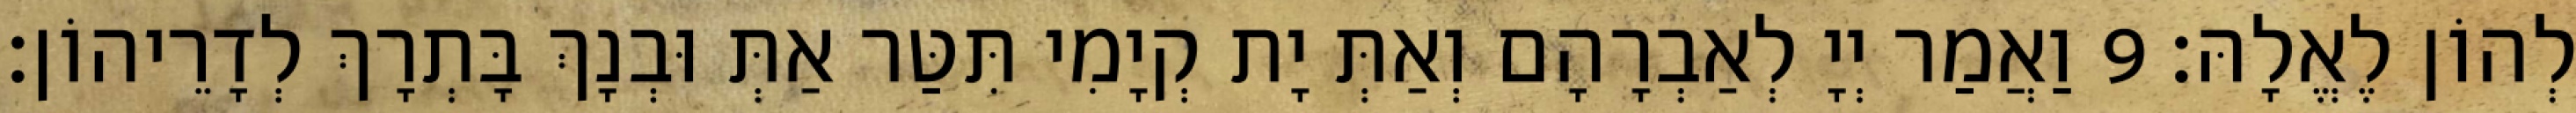
לְהוֹן לֶאֱלָהּ׃ 9 וַאֲמַר יְיָ לְאַבְרָהָם וְאַתְּ יָת קְיָמִי תִּטַּר אַתְּ וּבְנָךְ בָּתְרָךְ לְדָרֵיהוֹן׃